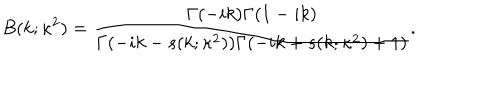
B ( k ; \kappa ^ { 2 } ) = \frac { \Gamma ( - i k ) \Gamma ( 1 - i k ) } { \Gamma ( - i k - s ( k ; \kappa ^ { 2 } ) ) \Gamma ( - i k + s ( k ; \kappa ^ { 2 } ) + 1 ) } .